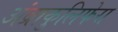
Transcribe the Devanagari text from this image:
अंब्राकुलिफेरा